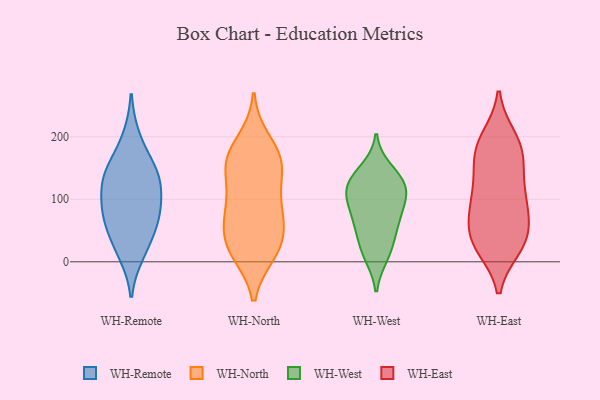
{"axis": {"x": "Satisfaction Score", "y": "Value"}, "legend": ["WH-East", "WH-North", "WH-Remote", "WH-West"], "data": [{"x": "", "y": 198, "type": "WH-Remote"}, {"x": "", "y": 139, "type": "WH-Remote"}, {"x": "", "y": 64, "type": "WH-Remote"}, {"x": "", "y": 87, "type": "WH-Remote"}, {"x": "", "y": 103, "type": "WH-Remote"}, {"x": "", "y": 84, "type": "WH-Remote"}, {"x": "", "y": 14, "type": "WH-Remote"}, {"x": "", "y": 151, "type": "WH-Remote"}, {"x": "", "y": 59, "type": "WH-Remote"}, {"x": "", "y": 135, "type": "WH-Remote"}, {"x": "", "y": 27, "type": "WH-Remote"}, {"x": "", "y": 138, "type": "WH-Remote"}, {"x": "", "y": 151, "type": "WH-North"}, {"x": "", "y": 193, "type": "WH-North"}, {"x": "", "y": 30, "type": "WH-North"}, {"x": "", "y": 61, "type": "WH-North"}, {"x": "", "y": 85, "type": "WH-North"}, {"x": "", "y": 158, "type": "WH-North"}, {"x": "", "y": 56, "type": "WH-North"}, {"x": "", "y": 19, "type": "WH-North"}, {"x": "", "y": 148, "type": "WH-North"}, {"x": "", "y": 161, "type": "WH-North"}, {"x": "", "y": 96, "type": "WH-North"}, {"x": "", "y": 170, "type": "WH-North"}, {"x": "", "y": 15, "type": "WH-North"}, {"x": "", "y": 20, "type": "WH-North"}, {"x": "", "y": 91, "type": "WH-North"}, {"x": "", "y": 110, "type": "WH-West"}, {"x": "", "y": 133, "type": "WH-West"}, {"x": "", "y": 71, "type": "WH-West"}, {"x": "", "y": 15, "type": "WH-West"}, {"x": "", "y": 147, "type": "WH-West"}, {"x": "", "y": 111, "type": "WH-West"}, {"x": "", "y": 56, "type": "WH-West"}, {"x": "", "y": 10, "type": "WH-West"}, {"x": "", "y": 95, "type": "WH-West"}, {"x": "", "y": 127, "type": "WH-West"}, {"x": "", "y": 76, "type": "WH-West"}, {"x": "", "y": 120, "type": "WH-West"}, {"x": "", "y": 40, "type": "WH-West"}, {"x": "", "y": 31, "type": "WH-East"}, {"x": "", "y": 113, "type": "WH-East"}, {"x": "", "y": 92, "type": "WH-East"}, {"x": "", "y": 24, "type": "WH-East"}, {"x": "", "y": 74, "type": "WH-East"}, {"x": "", "y": 36, "type": "WH-East"}, {"x": "", "y": 84, "type": "WH-East"}, {"x": "", "y": 130, "type": "WH-East"}, {"x": "", "y": 24, "type": "WH-East"}, {"x": "", "y": 155, "type": "WH-East"}, {"x": "", "y": 192, "type": "WH-East"}, {"x": "", "y": 159, "type": "WH-East"}, {"x": "", "y": 35, "type": "WH-East"}, {"x": "", "y": 178, "type": "WH-East"}, {"x": "", "y": 198, "type": "WH-East"}, {"x": "", "y": 57, "type": "WH-East"}, {"x": "", "y": 98, "type": "WH-East"}, {"x": "", "y": 186, "type": "WH-East"}]}